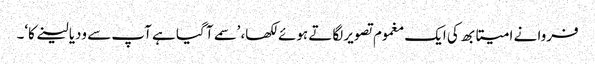
فروا نے امیتابھ کی ایک مغموم تصویر لگاتے ہوئے لکھا، ’سمے آ گیا ہے آپ سے ودیا لینے کا‘۔